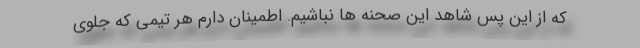
که از این پس شاهد این صحنه ها نباشیم. اطمینان دارم هر تیمی که جلوی